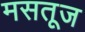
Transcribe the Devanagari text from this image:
मसतूज